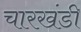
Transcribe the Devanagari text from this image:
चारखंडी